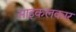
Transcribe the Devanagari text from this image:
साइकलकार